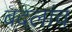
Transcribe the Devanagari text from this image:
बदलांच